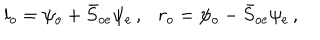
LaTeX: l _ { o } = \psi _ { o } + \bar { S } _ { o e } \psi _ { e } \, , r _ { o } = \psi _ { o } - \bar { S } _ { o e } \psi _ { e } \, ,